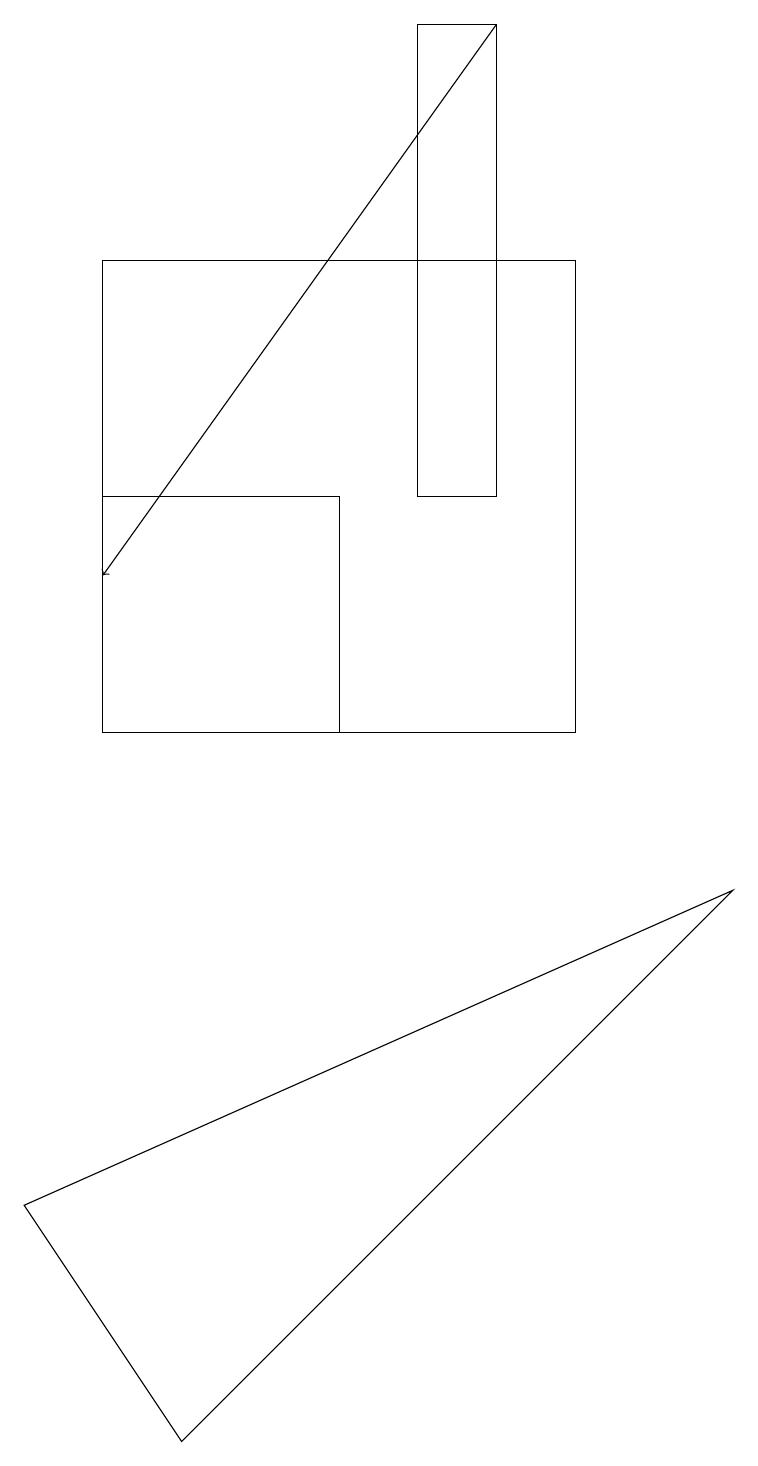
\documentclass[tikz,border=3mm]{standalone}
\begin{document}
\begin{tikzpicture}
\draw (7,16) rectangle (1,10);
\draw (4,13) rectangle (1,10);
\draw (9,8) -- (0,4) -- (2,1) -- cycle;
\draw[->] (6,19) -- (1,12);
\draw (5,13) rectangle (6,19);
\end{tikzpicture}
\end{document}